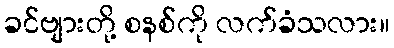
ခင်ဗျားတို့ စနစ်ကို လက်ခံသလား။